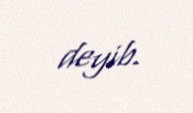
deyib.